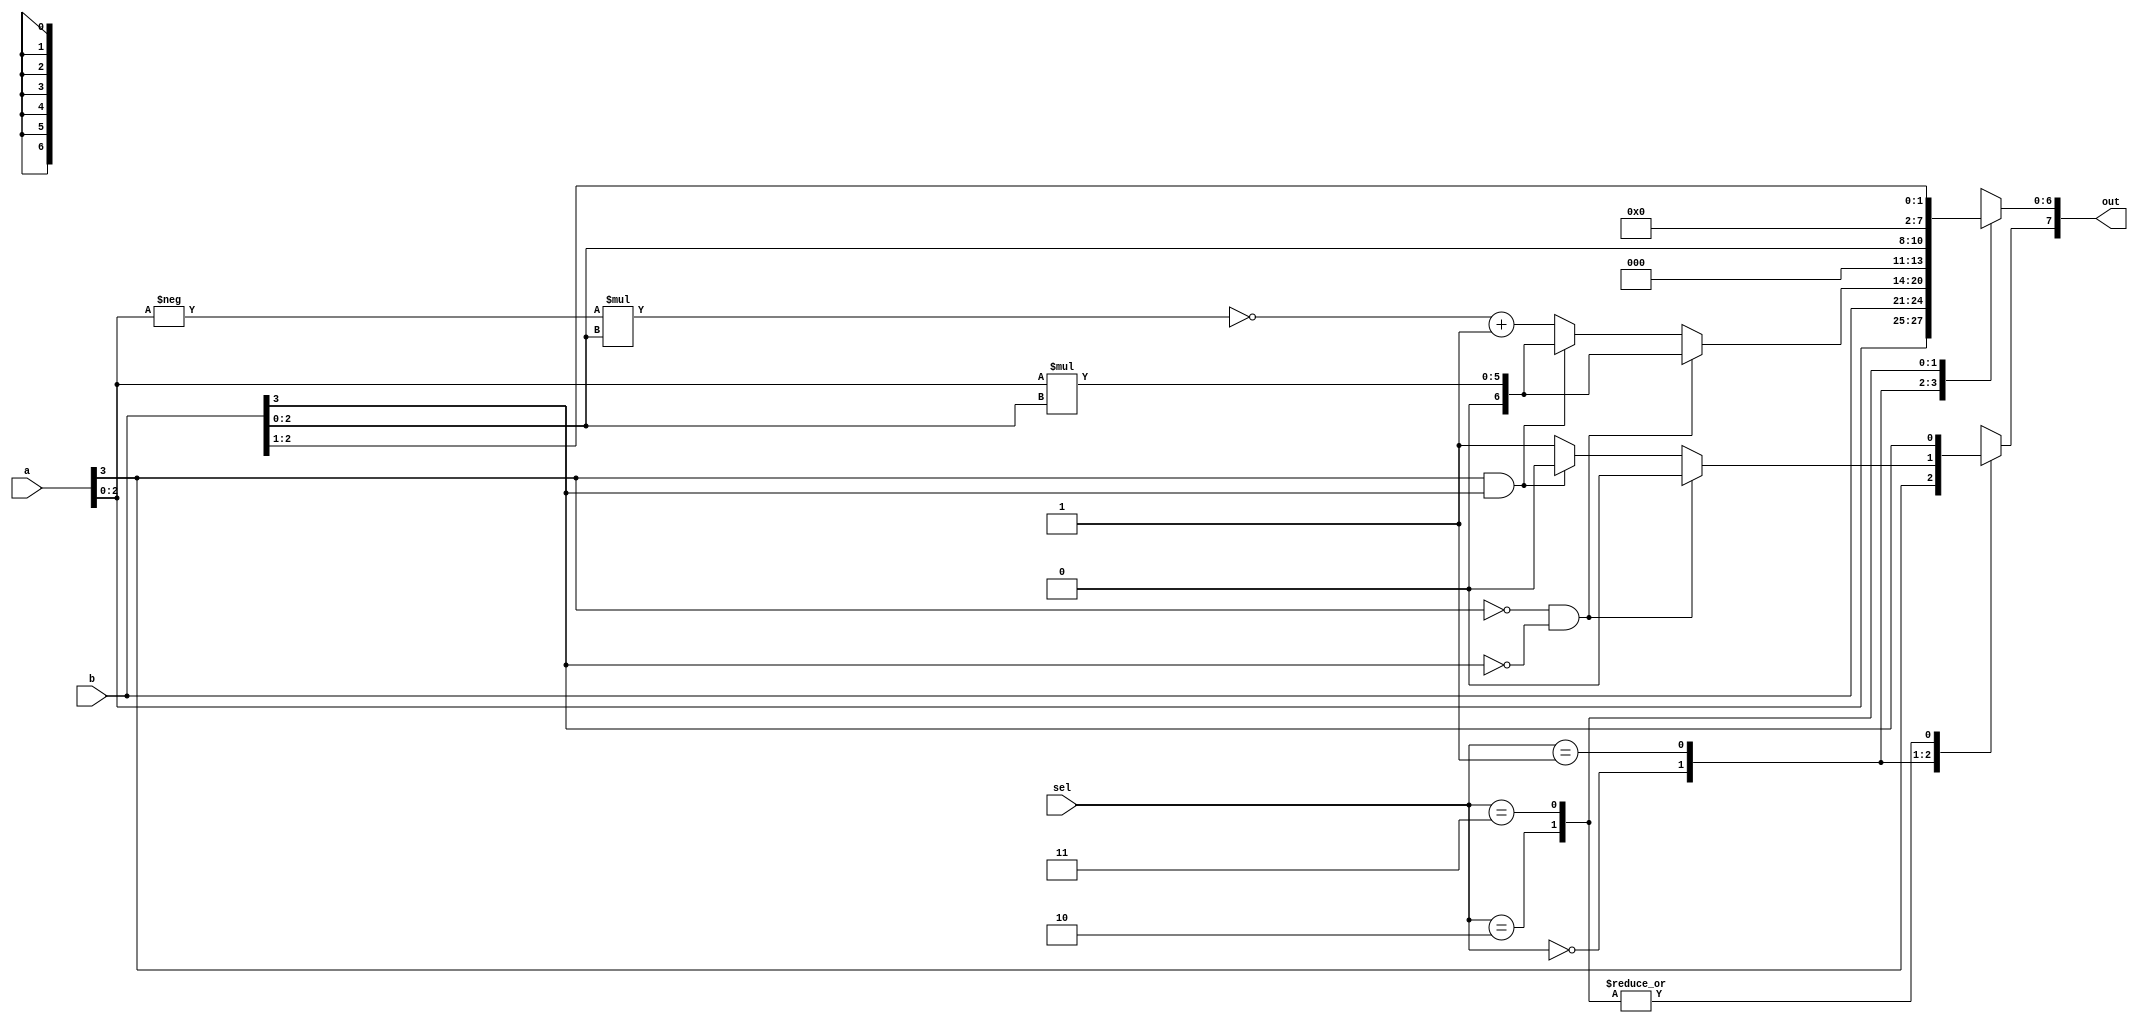
//------------------------------------------------------//
//- Digital IC Design 2021                              //
//-                                                     //
//- Lab03b: Verilog Gate Level                          //
//------------------------------------------------------//
`timescale 1ns/10ps

//Golden Model
module lab03b_beh(a, b, out, sel);
input  [3:0] a, b; 
input  [1:0] sel;
output [7:0] out;

reg    [7:0] out_temp, out_shift;
wire   [3:0] a_2, b_2;

assign a_2= (a[2:0]==3'd0) ? 4'd0 : 
                      a[3] ? {a[3], (~a[2:0]+1'b1)} : {a} ;
assign b_2= (b[2:0]==3'd0) ? 4'd0 :
                      b[3] ? {b[3], (~b[2:0]+1'b1)} : {b} ;
	      
assign out = out_temp;	      
//assign out = (( sel==2'b10) ||  (sel==2'b11)) ? out_temp : out_2[4] 
//			? {out_2[4],(~out_2[3:0]+1'b1)} : out_2;

always@(a_2 or b_2 or sel)
begin
  case(sel)
	2'b00:out_temp = {a,b};
  	2'b01:   
		begin
			if(a[3]==0 && b[3]==0)
			begin
				out_temp = a[2:0] * b[2:0];
				out_temp[7] = 1'b0;
			end
			else if(a[3]==1 && b[3]==1)
			begin
				out_temp = a[2:0] * b[2:0];
				out_temp[7]= 1'b0;
			end
			else begin
				//out_temp[7] = 1'b1;
				out_temp = -a[2:0] * b[2:0];
				out_temp = {1'b1, (~out_temp[6:0]+1'b1)};
			end
		end
	2'b10:begin
		out_temp = {5'b0, b[2:0]} << 1;
		out_temp[7] = b[3];
	end
	2'b11:begin
		out_temp = {5'b0, b[2:0]} >> 1;
		out_temp[7] = b[3];
	end
  endcase
end


endmodule